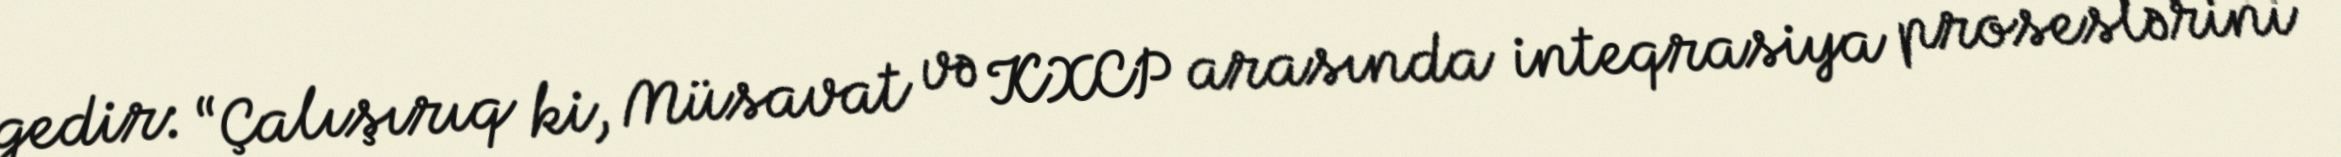
gedir: “Çalışırıq ki, Müsavat və KXCP arasında inteqrasiya proseslərini